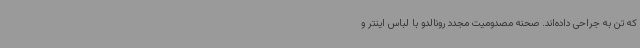
که تن به جراحی داده‌اند. صحنه مصدومیت مجدد رونالدو با لباس اینتر و